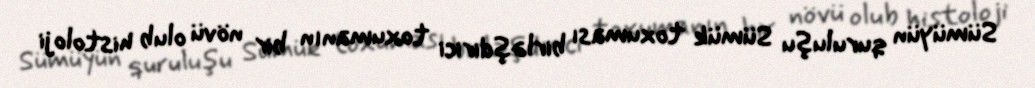
Sümüyün quruluşu Sümük toxuması birləşdirici toxumanın bir növü olub histoloji